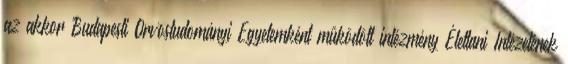
az akkor Budapesti Orvostudományi Egyetemként működött intézmény Élettani Intézetének